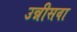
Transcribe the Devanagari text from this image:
उन्नीसवा